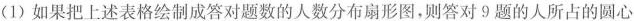
(1)如果把上述表格绘制成答对题数的人数分布扇形图，则答对9题的人所占的圆心